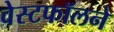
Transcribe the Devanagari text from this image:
वेस्टफॉलने